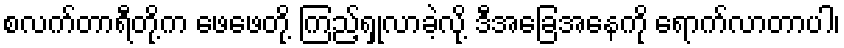
စလက်တာရီတို့က ဖေဖေတို့ ကြည့်ရှုလာခဲ့လို့ ဒီအခြေအနေကို ရောက်လာတာပါ၊